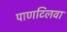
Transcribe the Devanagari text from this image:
पाणटिलवा